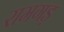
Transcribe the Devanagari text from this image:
रामगड़